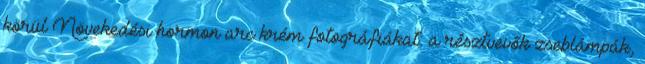
körül Növekedési hormon arc krém fotográfiákat: a résztvevők zseblámpák,